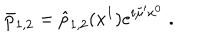
\bar { p } _ { 1 , 2 } = \hat { p } _ { 1 , 2 } ( x ^ { 1 } ) e ^ { i \tilde { \mu } ^ { \prime } x ^ { 0 } } \; .